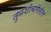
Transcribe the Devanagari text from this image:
तुळशीबागेतील